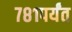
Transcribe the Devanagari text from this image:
७८१पर्यंत